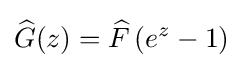
{\widehat {G}}(z)={\widehat {F}}\left(e^{z}-1\right)